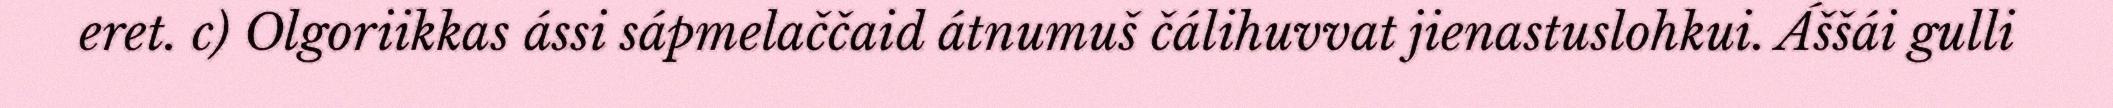
eret. c) Olgoriikkas ássi sápmelaččaid átnumuš čálihuvvat jienastuslohkui. Áššái gulli